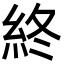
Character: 終